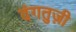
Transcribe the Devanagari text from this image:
दंगतुज़ी